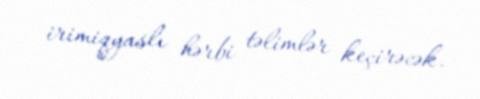
irimiqyaslı hərbi təlimlər keçirəcək.